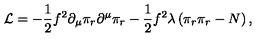
{ \cal L } = - \mathrm { \small \frac { 1 } { 2 } } f ^ { 2 } \partial _ { \mu } \pi _ { r } \partial ^ { \mu } \pi _ { r } - \mathrm { \small \frac { 1 } { 2 } } f ^ { 2 } \lambda \left( \pi _ { r } \pi _ { r } - N \right) ,